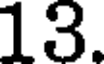
13.